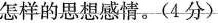
怎样的思想感情。(4分)